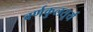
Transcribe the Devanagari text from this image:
वर्णकुलसूर्य